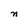
Character: n